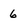
Character: 6